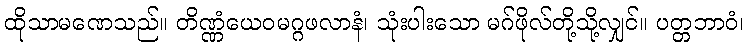
ထိုသာမဏေသည်။ တိဏ္ဏံယေဝမဂ္ဂဖလာနံ၊ သုံးပါးသော မဂ်ဖိုလ်တို့သို့လျှင်။ ပတ္တဘာဝံ၊